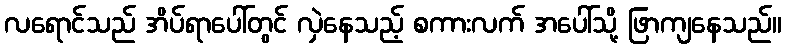
လရောင်သည် အိပ်ရာပေါ်တွင် လှဲနေသည့် စကားလက် အပေါ်သို့ ဖြာကျနေသည်။